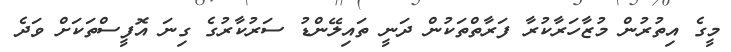
މީގެ އިތުރުން މުޒާހަރާކުރާ ފަރާތްތަކުން ދަނީ ތައިލޭންޑު ސަރުކާރުގެ ގިނަ އޮފީސްތަކަށް ވަދެ